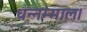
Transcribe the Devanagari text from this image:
धन्नम्माल।